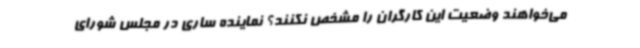
می‌خواهند وضعیت این کارگران را مشخص نکنند؟ نماینده ساری در مجلس شورای